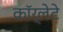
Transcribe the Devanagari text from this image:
कॉर्लेटे